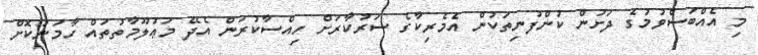
މި އެއްބަސްވުމުގެ ދަށުން ކުންފުނިތަކުން އެމެރިކާގެ ސަރުކާރަށް ހިއްސާކުރަން އެދޭ މަޢުލޫމާތުތައް ހާމަނުކޮށް